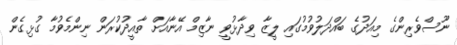
ނޫސްވެރިންގެ މިއަދުގެ ބައްދަލުވުމުގައި ލީޒާ ވިދާޅުވީ ނާޒިމް އޭނާއަށް ތާއީދުކުރަން ނިންމެވުމާ ގުޅިގެން